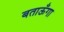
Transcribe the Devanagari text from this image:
बताऊँगा